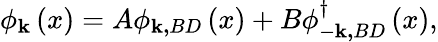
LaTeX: \phi_{\mathbf{k}}\left(x\right)=A\phi_{\mathbf{k,}BD}\left(x\right)+B\phi_{-\mathbf{k,}BD}^{\dagger}\left(x\right),